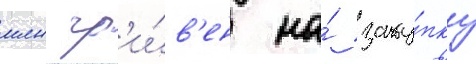
млн гр'и́в'ен на́ заку́пку